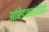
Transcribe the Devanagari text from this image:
आंबेडकरांनीही